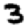
Digit: 3